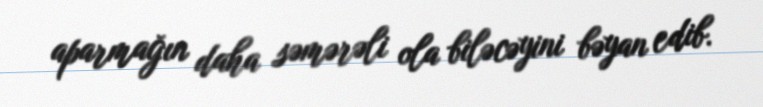
aparmağın daha səmərəli ola biləcəyini bəyan edib.